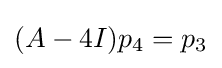
(A-4I)p_{4}=p_{3}